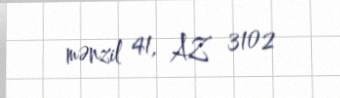
mənzil 41, AZ 3102